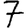
Digit: 7